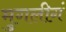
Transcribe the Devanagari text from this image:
मुगलीगं